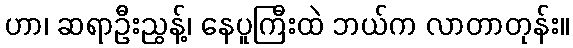
ဟာ၊ ဆရာဦးညွန့်၊ နေပူကြီးထဲ ဘယ်က လာတာတုန်း။